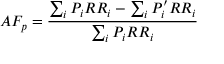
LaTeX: A F _ { p } = { \frac { \sum _ { i } P _ { i } R R _ { i } - \sum _ { i } P _ { i } ^ { \prime } R R _ { i } } { \sum _ { i } P _ { i } R R _ { i } } }